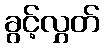
ခွင့်လွှတ်